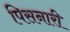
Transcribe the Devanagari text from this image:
पिसनारी